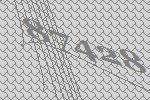
87428